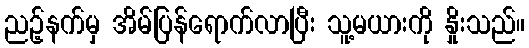
ညဉ့်နက်မှ အိမ်ပြန်ရောက်လာပြီး သူ့မယားကို နှိုးသည်။